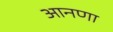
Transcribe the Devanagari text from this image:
आनणा